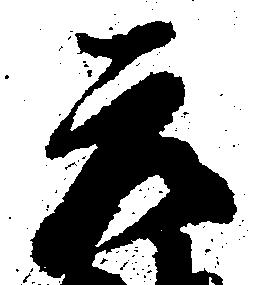
元